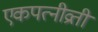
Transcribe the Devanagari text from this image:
एकपत्नीव्रती